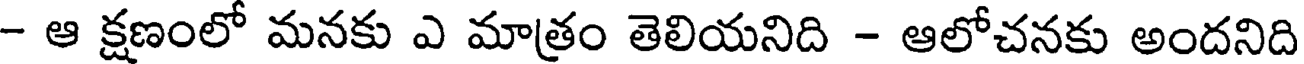
- ఆ క్షణంలో మనకు ఎ మాత్రం తెలియనిది - ఆలోచనకు అందనిది